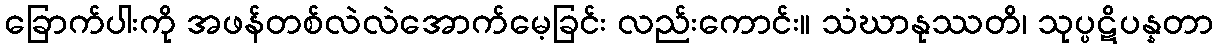
ခြောက်ပါးကို အဖန်တစ်လဲလဲအောက်မေ့ခြင်း လည်းကောင်း။ သံဃာနုဿတိ၊ သုပ္ပဋိပန္နတာ